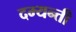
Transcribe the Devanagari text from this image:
दम्यन्ती